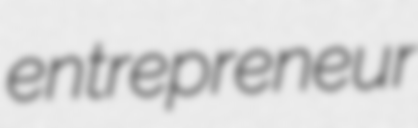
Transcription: entrepreneur